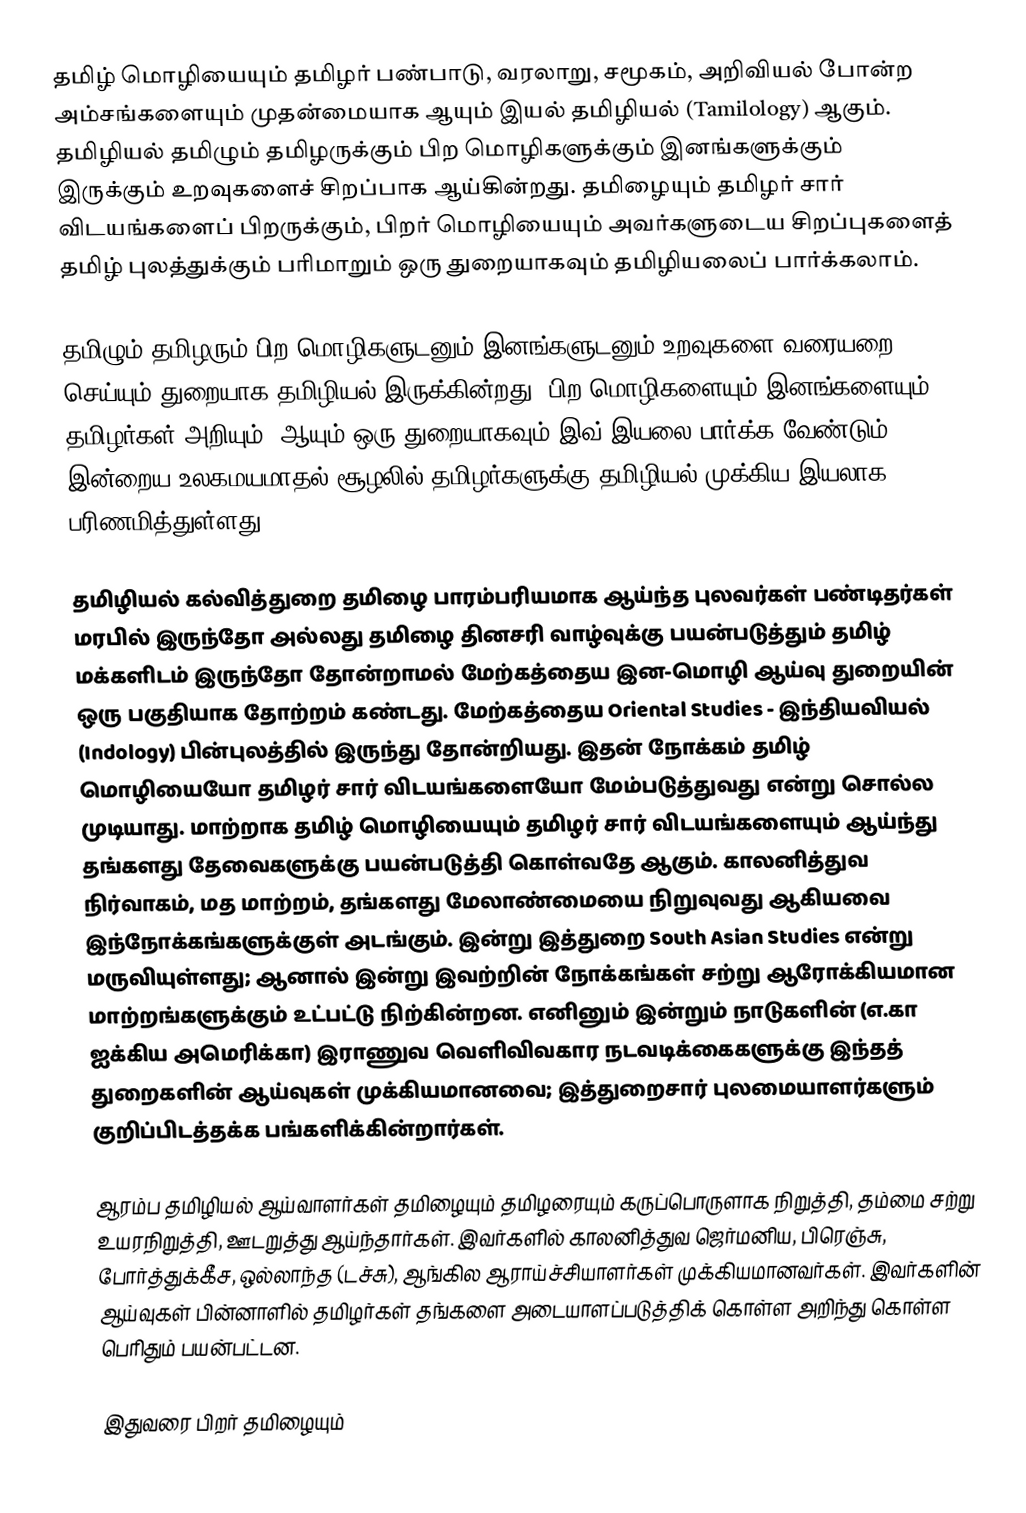
தமிழ் மொழியையும் தமிழர் பண்பாடு, வரலாறு, சமூகம், அறிவியல் போன்ற அம்சங்களையும் முதன்மையாக ஆயும் இயல் தமிழியல் (Tamilology) ஆகும்.  தமிழியல் தமிழும் தமிழருக்கும் பிற மொழிகளுக்கும் இனங்களுக்கும் இருக்கும் உறவுகளைச் சிறப்பாக ஆய்கின்றது.  தமிழையும் தமிழர் சார் விடயங்களைப் பிறருக்கும், பிறர் மொழியையும் அவர்களுடைய சிறப்புகளைத் தமிழ் புலத்துக்கும் பரிமாறும் ஒரு துறையாகவும் தமிழியலைப் பார்க்கலாம்.

தமிழும் தமிழரும் பிற மொழிகளுடனும் இனங்களுடனும் உறவுகளை வரையறை செய்யும் துறையாக தமிழியல் இருக்கின்றது.  பிற மொழிகளையும் இனங்களையும் தமிழர்கள் அறியும், ஆயும் ஒரு துறையாகவும் இவ் இயலை பார்க்க வேண்டும்.  இன்றைய உலகமயமாதல் சூழலில் தமிழர்களுக்கு தமிழியல் முக்கிய இயலாக பரிணமித்துள்ளது.

தமிழியல் கல்வித்துறை தமிழை பாரம்பரியமாக ஆய்ந்த புலவர்கள் பண்டிதர்கள் மரபில் இருந்தோ அல்லது தமிழை தினசரி வாழ்வுக்கு பயன்படுத்தும் தமிழ் மக்களிடம் இருந்தோ தோன்றாமல் மேற்கத்தைய இன-மொழி ஆய்வு துறையின் ஒரு பகுதியாக தோற்றம் கண்டது.  மேற்கத்தைய Oriental Studies - இந்தியவியல் (Indology) பின்புலத்தில் இருந்து தோன்றியது.  இதன் நோக்கம் தமிழ் மொழியையோ தமிழர் சார் விடயங்களையோ மேம்படுத்துவது என்று சொல்ல முடியாது.  மாற்றாக தமிழ் மொழியையும் தமிழர் சார் விடயங்களையும் ஆய்ந்து தங்களது தேவைகளுக்கு பயன்படுத்தி கொள்வதே ஆகும்.  காலனித்துவ நிர்வாகம், மத மாற்றம், தங்களது மேலாண்மையை நிறுவுவது ஆகியவை இந்நோக்கங்களுக்குள் அடங்கும்.  இன்று இத்துறை South Asian Studies என்று மருவியுள்ளது; ஆனால் இன்று இவற்றின் நோக்கங்கள் சற்று ஆரோக்கியமான மாற்றங்களுக்கும் உட்பட்டு நிற்கின்றன.  எனினும் இன்றும் நாடுகளின் (எ.கா ஐக்கிய அமெரிக்கா) இராணுவ வெளிவிவகார நடவடிக்கைகளுக்கு இந்தத் துறைகளின் ஆய்வுகள் முக்கியமானவை; இத்துறைசார் புலமையாளர்களும் குறிப்பிடத்தக்க பங்களிக்கின்றார்கள்.

ஆரம்ப தமிழியல் ஆய்வாளர்கள் தமிழையும் தமிழரையும் கருப்பொருளாக நிறுத்தி, தம்மை சற்று உயரநிறுத்தி, ஊடறுத்து ஆய்ந்தார்கள்.  இவர்களில் காலனித்துவ ஜெர்மனிய, பிரெஞ்சு, போர்த்துக்கீச, ஒல்லாந்த (டச்சு), ஆங்கில ஆராய்ச்சியாளர்கள் முக்கியமானவர்கள்.  இவர்களின் ஆய்வுகள் பின்னாளில் தமிழர்கள் தங்களை அடையாளப்படுத்திக் கொள்ள அறிந்து கொள்ள பெரிதும் பயன்பட்டன.

இதுவரை பிறர் தமிழையும்